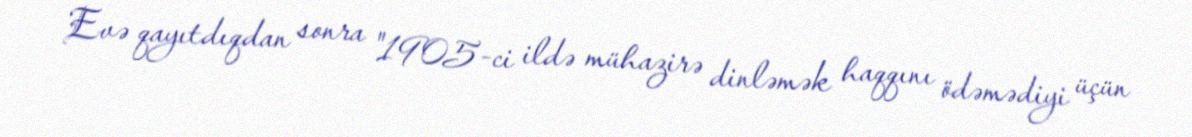
Evə qayıtdıqdan sonra "1905-ci ildə mühazirə dinləmək haqqını ödəmədiyi üçün